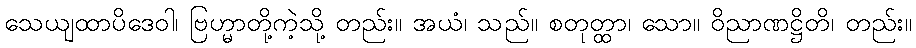
သေယျထာပိဒေဝါ၊ ဗြဟ္မာတို့ကဲ့သို့ တည်း။ အယံ၊ သည်။ စတုတ္ထာ၊ သော။ ဝိညာဏဋ္ဌိတိ၊ တည်း။